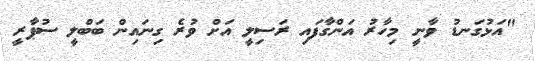
"އަޅުގަނޑު ވާނީ މިހާރު އަންގާފައި ރަސިލީ އަށް ވުރެ ގިނައިން ބަބްލީ ސުޕާރީ